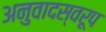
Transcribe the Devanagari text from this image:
अनुवादस्वरूप